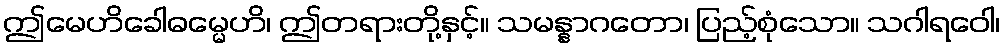
ဤမေဟိခေါဓမ္မေဟိ၊ ဤတရားတို့နှင့်။ သမန္နာဂတော၊ ပြည့်စုံသော။ သဂါရဝေါ၊